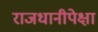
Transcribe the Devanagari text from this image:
राजधानीपेक्षा